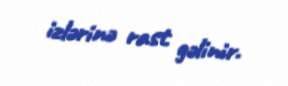
izlərinə rast gəlinir.